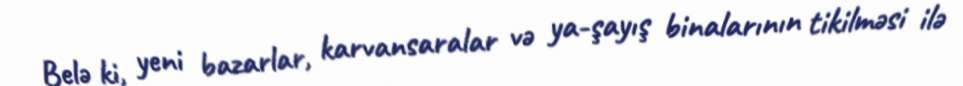
Belə ki, yeni bazarlar, karvansaralar və ya-şayış binalarının tikilməsi ilə